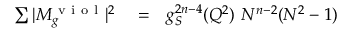
\begin{array} { r l r } { \sum \vert M _ { g } ^ { \mathrm { ~ v ~ i ~ o ~ l ~ } } \vert ^ { 2 } } & { { } = } & { g _ { S } ^ { 2 n - 4 } ( Q ^ { 2 } ) ~ N ^ { n - 2 } ( N ^ { 2 } - 1 ) } \end{array}